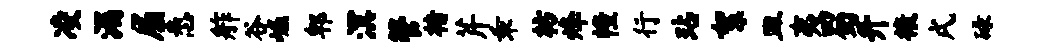
凌漏屈悉舴谷崛郫溟管楮芹乖枋烽幢行玷絮皿夷蜀升榱戌碌